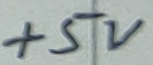
Text: +5V